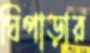
ঘিপাড়ার